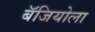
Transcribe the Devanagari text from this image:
बॅजियोला